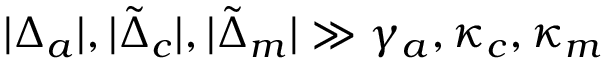
| \Delta _ { a } | , | \tilde { \Delta } _ { c } | , | \tilde { \Delta } _ { m } | \gg \gamma _ { a } , \kappa _ { c } , \kappa _ { m }